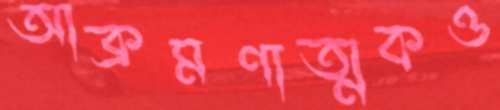
আক্রমণাত্মকও